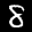
Label: 8